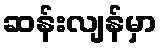
ဆန်းလျန်မှာ